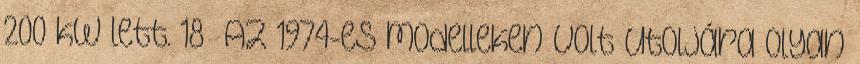
200 kW lett. 18 Az 1974-es modelleken volt utoljára olyan